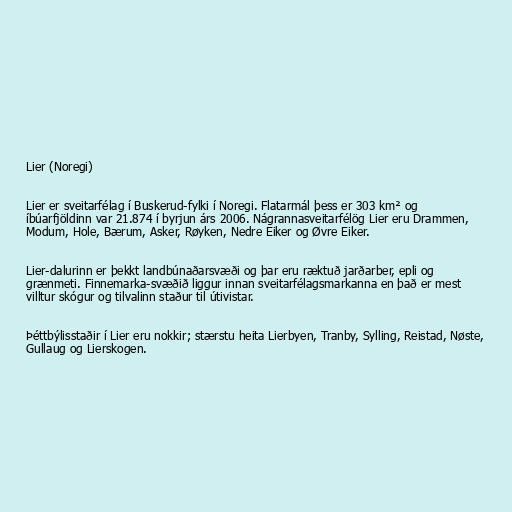
Lier (Noregi)

Lier er sveitarfélag í Buskerud-fylki í Noregi. Flatarmál þess er 303 km² og
íbúarfjöldinn var 21.874 í byrjun árs 2006. Nágrannasveitarfélög Lier eru Drammen,
Modum, Hole, Bærum, Asker, Røyken, Nedre Eiker og Øvre Eiker.

Lier-dalurinn er þekkt landbúnaðarsvæði og þar eru ræktuð jarðarber, epli og
grænmeti. Finnemarka-svæðið liggur innan sveitarfélagsmarkanna en það er mest
villtur skógur og tilvalinn staður til útivistar.

Þéttbýlisstaðir í Lier eru nokkir; stærstu heita Lierbyen, Tranby, Sylling, Reistad, Nøste,
Gullaug og Lierskogen.